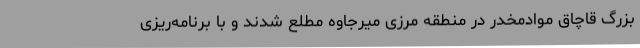
بزرگ قاچاق موادمخدر در منطقه مرزی میرجاوه مطلع شدند و با برنامه‌ریزی